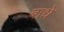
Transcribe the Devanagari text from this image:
बाधे